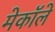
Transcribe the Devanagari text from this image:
मेकॉले